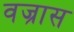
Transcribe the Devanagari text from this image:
वज्रास